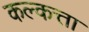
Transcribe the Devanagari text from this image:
कल्कत्ता